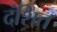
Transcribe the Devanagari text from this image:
दंशित